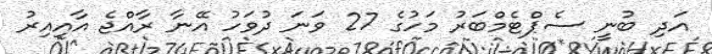
އަދި ބުނީ ސެޕްޓެމްބަރު މަހުގެ 27 ވަނަ ދުވަހު އޭނާ ރާއްޖެ އާއިއިރު